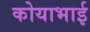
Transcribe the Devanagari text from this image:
कोयाभाई